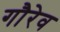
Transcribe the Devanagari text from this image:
गौरेव